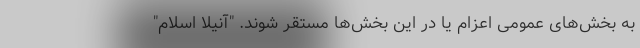
به بخش‌های عمومی اعزام یا در این بخش‌ها مستقر شوند. "آنیلا اسلام"